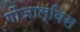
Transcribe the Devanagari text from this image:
गोंजाल्विस